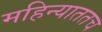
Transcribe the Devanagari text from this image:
महिन्याततच